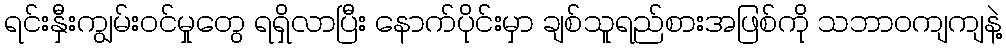
ရင်းနှီးကျွမ်းဝင်မှုတွေ ရရှိလာပြီး နောက်ပိုင်းမှာ ချစ်သူရည်စားအဖြစ်ကို သဘာဝကျကျနဲ့